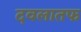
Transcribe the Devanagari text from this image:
दवलातफ